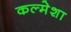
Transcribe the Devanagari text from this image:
कल्मेशा